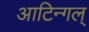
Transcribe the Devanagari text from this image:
आटिन्गल्